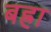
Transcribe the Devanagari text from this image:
बह्रा